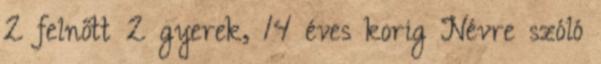
2 felnőtt 2 gyerek, 14 éves korig Névre szóló